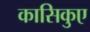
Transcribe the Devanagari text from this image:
कासिकुए